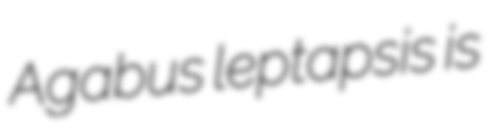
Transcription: Agabus leptapsis is